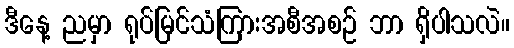
ဒီနေ့ ညမှာ ရုပ်မြင်သံကြားအစီအစဉ် ဘာ ရှိပါသလဲ။